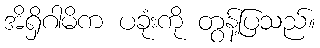
အိရှိဂါမိက ပခုံးကို တွန့်ပြသည်။